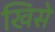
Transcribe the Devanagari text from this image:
खिसे